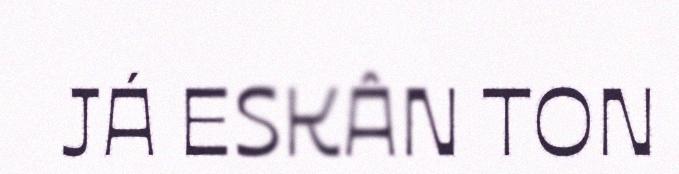
JÁ ESKÂN TON